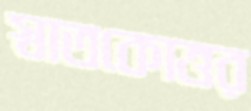
স্বাতকোত্তর